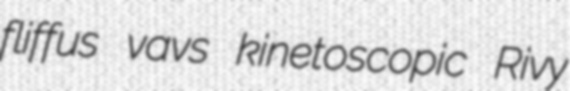
fliffus vavs kinetoscopic Rivy